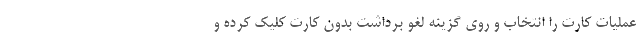
عملیات کارت را انتخاب و روی گزینه لغو برداشت بدون کارت کلیک کرده و